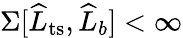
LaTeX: \Sigma[\widehat{L}_{\mathrm{ts}},\widehat{L}_{b}]<\infty